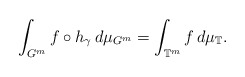
\begin{align*}\int_{G^m}f\circ h_{\gamma}\,d\mu_{G^m}=\int_{{\mathbb T}^m}f\,d\mu_{\mathbb T}.\end{align*}